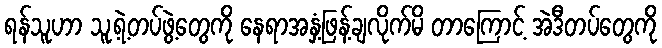
ရန်သူဟာ သူ့ရဲ့တပ်ဖွဲ့တွေကို နေရာအနှံ့ဖြန့်ချလိုက်မိ တာကြောင့် အဲဒီတပ်တွေကို